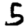
Digit: 5